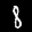
Label: 8